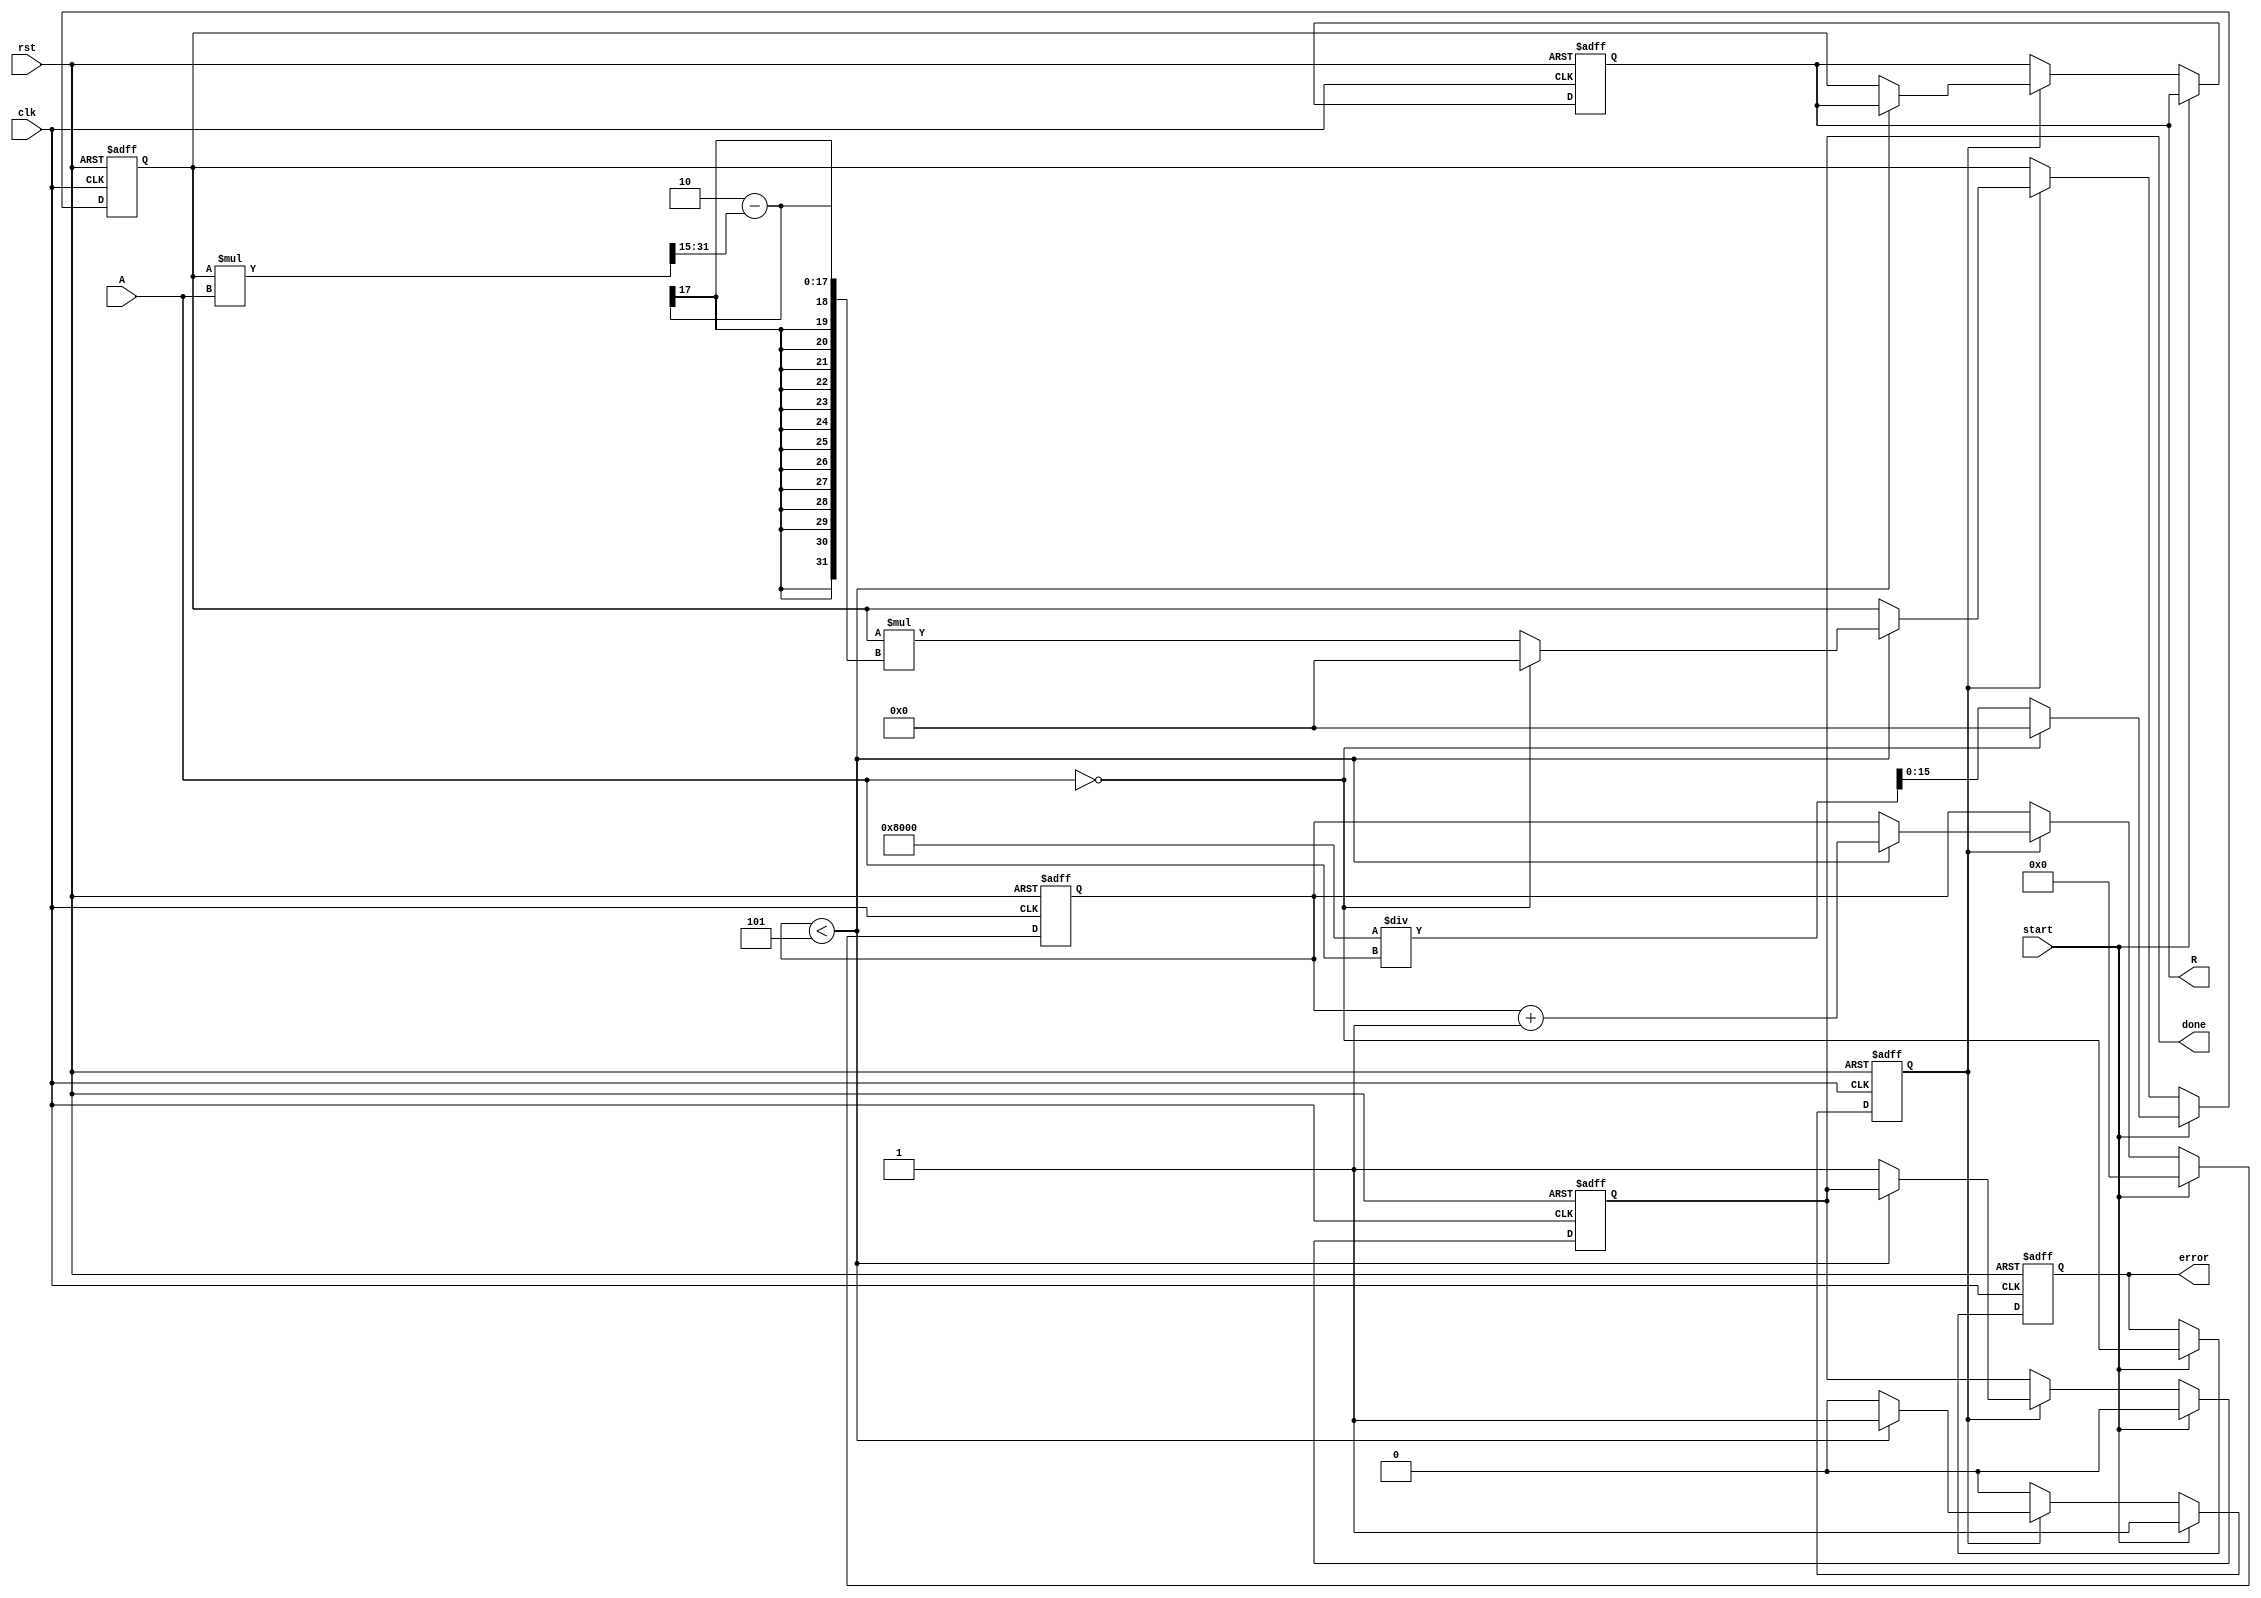
module IterativeReciprocal #(
    parameter N = 16,         // Bit-width of input
    parameter M = 16,         // Bit-width of output
    parameter ITERATIONS = 5  // Number of iterations for convergence
)(
    input  wire clk,          // Clock signal
    input  wire rst,          // Reset signal
    input  wire start,        // Start signal
    input  wire [N-1:0] A,    // Input value (fixed-point)
    output reg [M-1:0] R,     // Output reciprocal (fixed-point)
    output reg done,          // Done signal
    output reg error          // Error signal (e.g., division by zero)
);

    reg [M-1:0] x_n;          // Current estimate of reciprocal
    reg [M-1:0] x_n_next;     // Next estimate of reciprocal
    reg [3:0] iteration_count; // Iteration counter
    reg computing;            // Status flag for computation

    // Initial estimate using a simple approximation (e.g., 1/A)
    function [M-1:0] initial_estimate;
        input [N-1:0] A;
        begin
            if (A == 0) begin
                initial_estimate = {M{1'b0}}; // Return zero for zero input
            end else begin
                initial_estimate = (1 << (M-1)) / A; // Simple approximation
            end
        end
    endfunction

    // Compute the next estimate using Newton-Raphson method
    always @(*) begin
        if (A == 0) begin
            x_n_next = {M{1'b0}}; // Handle zero input
        end else begin
            x_n_next = x_n * (2 - (x_n * A >> (N-1))); // Fixed-point multiplication
        end
    end

    // Sequential logic for iterative computation
    always @(posedge clk or posedge rst) begin
        if (rst) begin
            R <= {M{1'b0}};
            x_n <= {M{1'b0}};
            iteration_count <= 0;
            done <= 0;
            error <= 0;
            computing <= 0;
        end else if (start) begin
            x_n <= initial_estimate(A); // Initialize estimate
            iteration_count <= 0;
            done <= 0;
            error <= (A == 0); // Set error if input is zero
            computing <= 1;
        end else if (computing) begin
            if (iteration_count < ITERATIONS) begin
                x_n <= x_n_next; // Update current estimate
                iteration_count <= iteration_count + 1;
            end else begin
                R <= x_n; // Final result
                done <= 1; // Indicate completion
                computing <= 0; // Stop computing
            end
        end
    end
endmodule